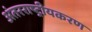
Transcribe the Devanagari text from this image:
अंतरराष्ट्रीयकरण